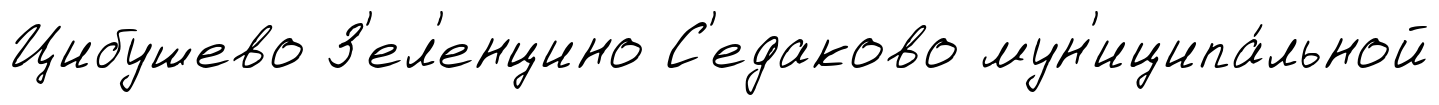
Цибушево З'ел'енцино С'едаково мун'иципа́льной